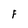
Character: F